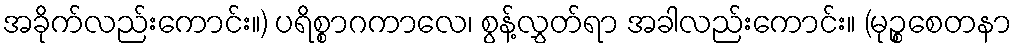
အခိုက်လည်းကောင်း။) ပရိစ္စာဂကာလေ၊ စွန့်လွှတ်ရာ အခါလည်းကောင်း။ (မုဉ္စစေတနာ